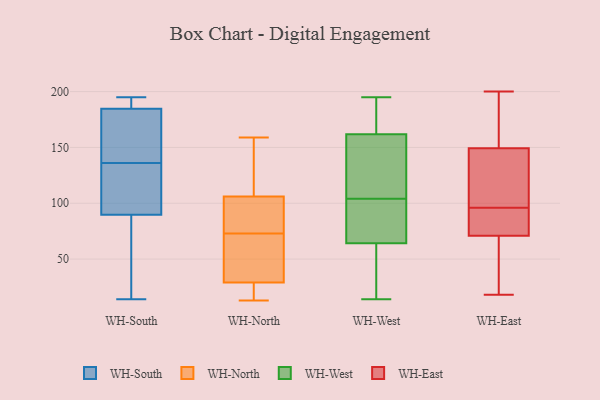
{"axis": {"x": "Latency (ms)", "y": "Value"}, "legend": ["WH-East", "WH-North", "WH-South", "WH-West"], "data": [{"x": "", "y": 193, "type": "WH-South"}, {"x": "", "y": 195, "type": "WH-South"}, {"x": "", "y": 136, "type": "WH-South"}, {"x": "", "y": 176, "type": "WH-South"}, {"x": "", "y": 184, "type": "WH-South"}, {"x": "", "y": 184, "type": "WH-South"}, {"x": "", "y": 98, "type": "WH-South"}, {"x": "", "y": 187, "type": "WH-South"}, {"x": "", "y": 67, "type": "WH-South"}, {"x": "", "y": 113, "type": "WH-South"}, {"x": "", "y": 131, "type": "WH-South"}, {"x": "", "y": 14, "type": "WH-South"}, {"x": "", "y": 76, "type": "WH-South"}, {"x": "", "y": 87, "type": "WH-South"}, {"x": "", "y": 185, "type": "WH-South"}, {"x": "", "y": 22, "type": "WH-North"}, {"x": "", "y": 73, "type": "WH-North"}, {"x": "", "y": 29, "type": "WH-North"}, {"x": "", "y": 110, "type": "WH-North"}, {"x": "", "y": 81, "type": "WH-North"}, {"x": "", "y": 49, "type": "WH-North"}, {"x": "", "y": 73, "type": "WH-North"}, {"x": "", "y": 13, "type": "WH-North"}, {"x": "", "y": 29, "type": "WH-North"}, {"x": "", "y": 83, "type": "WH-North"}, {"x": "", "y": 105, "type": "WH-North"}, {"x": "", "y": 159, "type": "WH-North"}, {"x": "", "y": 20, "type": "WH-North"}, {"x": "", "y": 107, "type": "WH-North"}, {"x": "", "y": 39, "type": "WH-North"}, {"x": "", "y": 148, "type": "WH-North"}, {"x": "", "y": 182, "type": "WH-West"}, {"x": "", "y": 110, "type": "WH-West"}, {"x": "", "y": 119, "type": "WH-West"}, {"x": "", "y": 195, "type": "WH-West"}, {"x": "", "y": 187, "type": "WH-West"}, {"x": "", "y": 87, "type": "WH-West"}, {"x": "", "y": 104, "type": "WH-West"}, {"x": "", "y": 113, "type": "WH-West"}, {"x": "", "y": 176, "type": "WH-West"}, {"x": "", "y": 104, "type": "WH-West"}, {"x": "", "y": 25, "type": "WH-West"}, {"x": "", "y": 57, "type": "WH-West"}, {"x": "", "y": 86, "type": "WH-West"}, {"x": "", "y": 14, "type": "WH-West"}, {"x": "", "y": 16, "type": "WH-West"}, {"x": "", "y": 150, "type": "WH-East"}, {"x": "", "y": 167, "type": "WH-East"}, {"x": "", "y": 25, "type": "WH-East"}, {"x": "", "y": 149, "type": "WH-East"}, {"x": "", "y": 81, "type": "WH-East"}, {"x": "", "y": 195, "type": "WH-East"}, {"x": "", "y": 105, "type": "WH-East"}, {"x": "", "y": 86, "type": "WH-East"}, {"x": "", "y": 41, "type": "WH-East"}, {"x": "", "y": 91, "type": "WH-East"}, {"x": "", "y": 96, "type": "WH-East"}, {"x": "", "y": 30, "type": "WH-East"}, {"x": "", "y": 18, "type": "WH-East"}, {"x": "", "y": 200, "type": "WH-East"}, {"x": "", "y": 113, "type": "WH-East"}, {"x": "", "y": 97, "type": "WH-East"}, {"x": "", "y": 81, "type": "WH-East"}]}